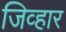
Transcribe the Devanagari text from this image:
जिव्हार